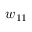
w _ { 1 1 }